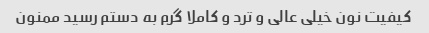
کیفیت نون خیلی عالی و ترد و کاملا گرم به دستم رسید ممنون